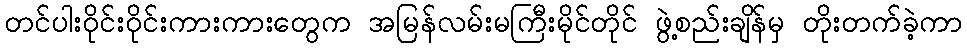
တင်ပါးဝိုင်းဝိုင်းကားကားတွေက အမြန်လမ်းမကြီးမိုင်တိုင် ဖွဲ့စည်းချိန်မှ တိုးတက်ခဲ့ကာ